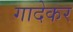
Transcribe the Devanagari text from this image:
गादेकर